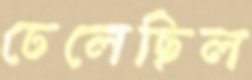
ঢেলেছিল